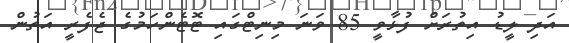
އަދި ލީޑު އިތުރަށް ފުޅާވީ 85 ވަނަ މިނިޓްގައި ޓޮޓެންހަމުގެ ޖެފެރީ އަތުން